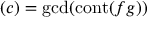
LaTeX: ( c ) = \operatorname* { g c d } ( \operatorname { c o n t } ( f g ) )